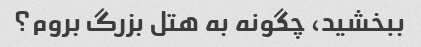
ببخشید، چگونه به هتل بزرگ بروم؟